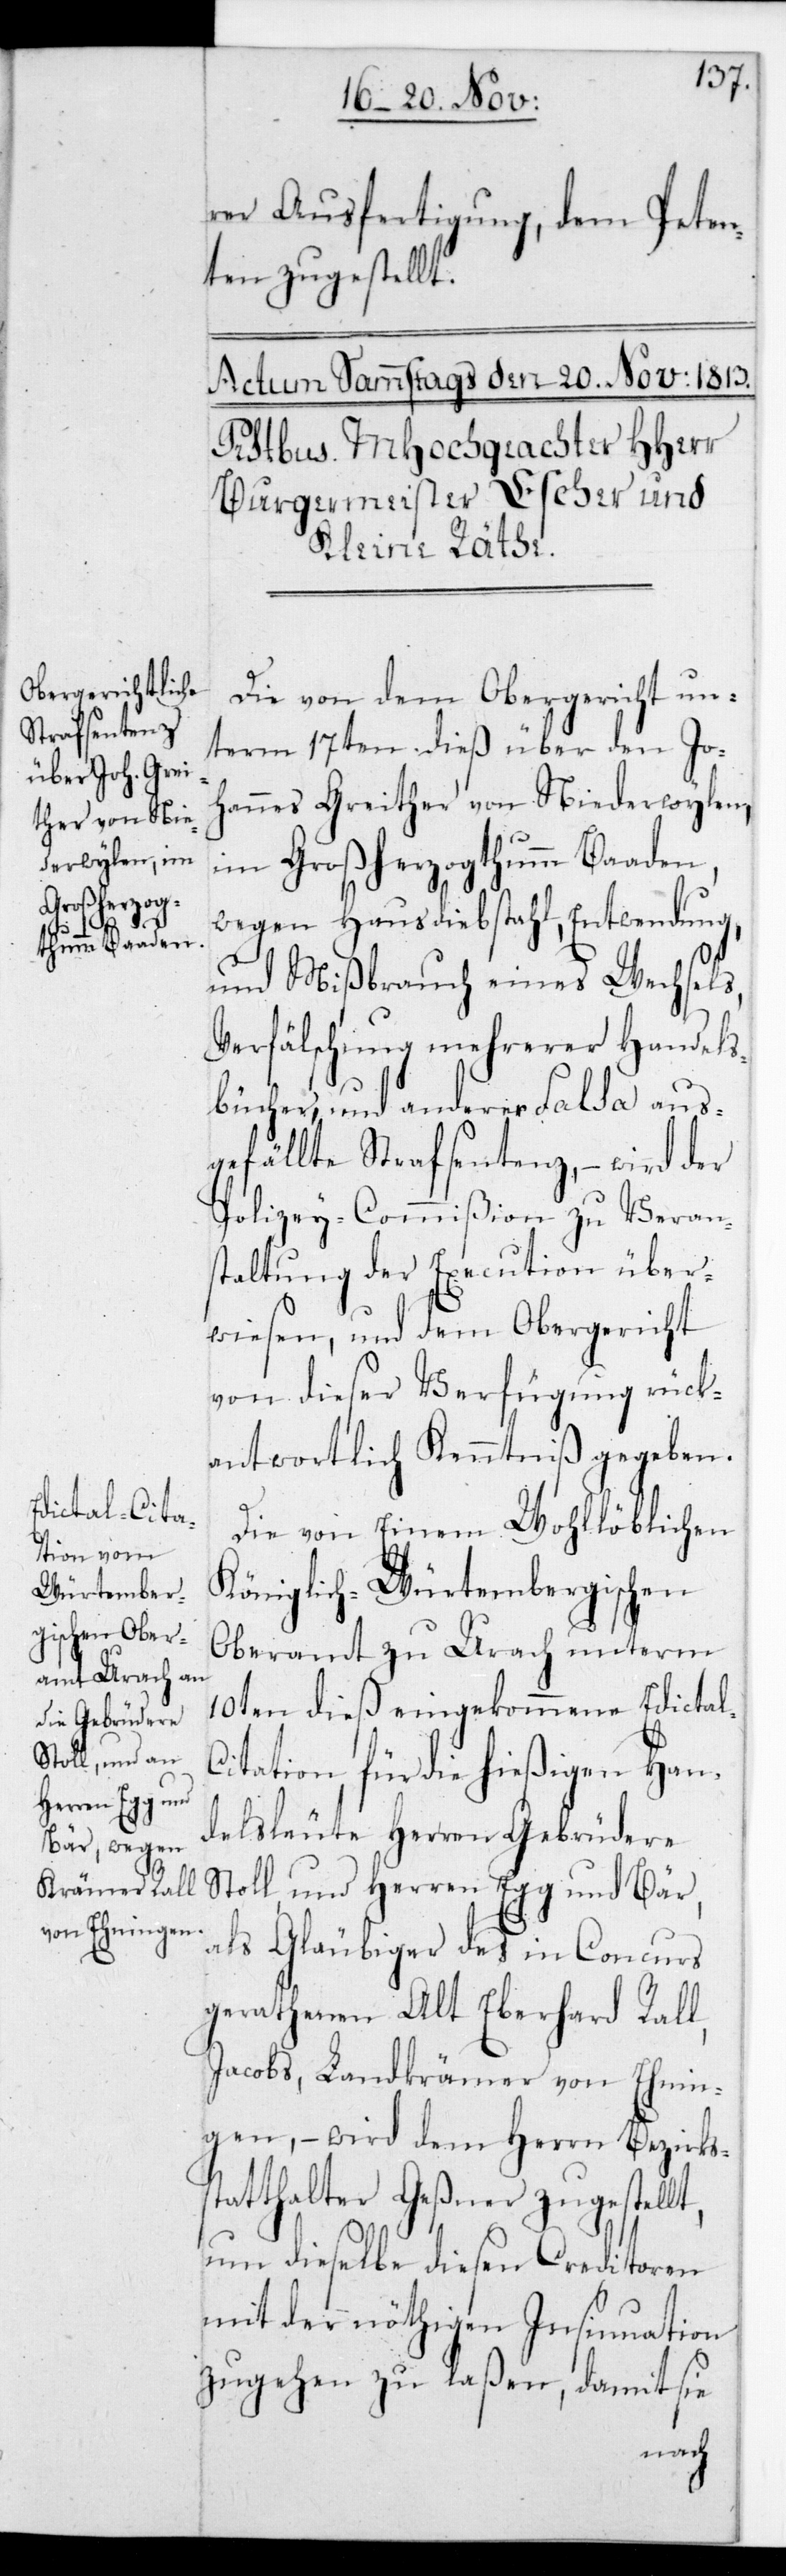
l-C¬

rer Ausfertigung, dem Peten¬
ten zugestellt.
Die von dem Obergericht un¬
term 17ten dieß über den Jo¬
hannes Greither von Niederwylen
im Großherzogthum Baaden,
wegen Hausdiebstahl, Entwendung
und Mißbrauch eines Wechsels,
Verfälschung mehrerer Handels¬
bücher und anderer Falsa aus¬
gefällte Strafsentenz, – wird der
Polizey-Commißion zu Veran¬
staltung der Execution über¬
wiesen, und dem Obergericht
von dieser Verfügung rück¬
antwortlich Kenntniß gegeben.
Die von Einem Wohllöblichen
Königlich-Würtembergischen
Oberamt zu Urach unterm
10ten dieß eingekommene Edicta¬
itation für die hießigen Han¬
delsleute Herren Gebrüdere
Stoll und Herren Egg und Bär,
als Gläubiger des in Concurs
gerathenen Alt Eberhard Rall,
Jacobs, Landkrämer von Ehnin¬
gen, – wird dem Herrn Bezirks¬
statthalter Geßner zugestellt,
um dieselbe diesen Creditoren
mit der nöthigen Insinuation
zugehen zu laßen, damit sie